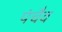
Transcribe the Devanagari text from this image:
पंचैव